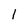
Character: 1